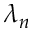
\lambda _ { n }